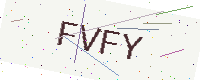
Text: FVFY